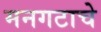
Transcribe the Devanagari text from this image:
मनगटाचे